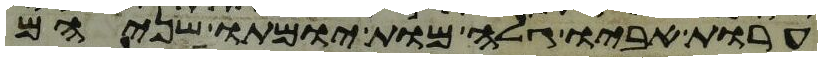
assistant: ערות אביו גלה מות יומתו שניהם